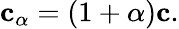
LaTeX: {\mathbf{c}}_{\alpha}=(1+\alpha){\mathbf{c}}.